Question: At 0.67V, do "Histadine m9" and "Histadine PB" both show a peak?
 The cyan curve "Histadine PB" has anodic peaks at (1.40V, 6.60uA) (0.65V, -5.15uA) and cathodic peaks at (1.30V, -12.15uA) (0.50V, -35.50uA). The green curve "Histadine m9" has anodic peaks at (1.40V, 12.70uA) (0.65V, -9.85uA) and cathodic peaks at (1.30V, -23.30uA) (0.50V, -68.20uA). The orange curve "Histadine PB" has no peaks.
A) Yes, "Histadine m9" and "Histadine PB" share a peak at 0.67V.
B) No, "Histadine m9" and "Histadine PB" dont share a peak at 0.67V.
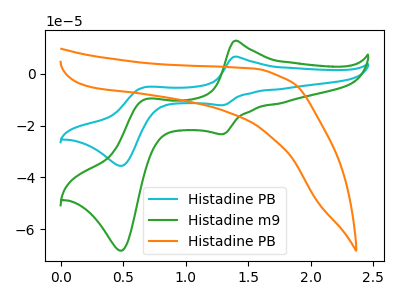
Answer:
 <answer>A) Yes, "Histadine m9" and "Histadine PB" share a peak at 0.67V.</answer>
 <eval>A</eval>